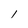
Character: l